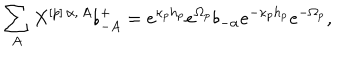
LaTeX: \sum _ { A } X ^ { [ p ] \, \alpha , \, A } \flat _ { - A } ^ { + } = e ^ { \kappa _ { p } h _ { p } } e ^ { \Omega _ { p } } \flat _ { - \alpha } e ^ { - \kappa _ { p } h _ { p } } e ^ { - \Omega _ { p } } ,